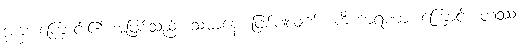
ဒုက္ခအကြောင်း၏ အဖြစ်သည်။ သမာနေ၊ ဖြစ်ပါလျက်။ ကိံကာရဏာ၊ ကြောင့်။ တဿ၊